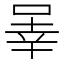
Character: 𪡒